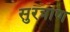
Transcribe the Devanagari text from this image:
सुरत्राण